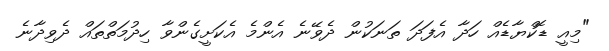
"މިއީ ޑޮކްޔާޑެއް ހަދާ އެފަދަ ތަނަކުން ދެވޭނެ އެންމެ އެކަށީގެންވާ ހިދުމަތްތައް ދެވިދާނެ